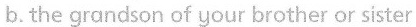
b.the grandson of your brother or sister